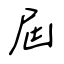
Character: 屆